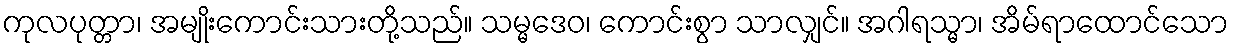
ကုလပုတ္တာ၊ အမျိုးကောင်းသားတို့သည်။ သမ္မဒေဝ၊ ကောင်းစွာ သာလျှင်။ အဂါရသ္မာ၊ အိမ်ရာထောင်သော